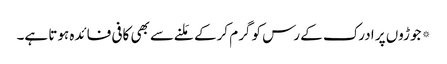
*جوڑوں پر ادرک کے رس کو گرم کرکے مَلنے سے بھی کافی فائدہ ہوتا ہے۔